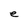
Character: e